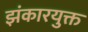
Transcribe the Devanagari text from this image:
झंकारयुक्त